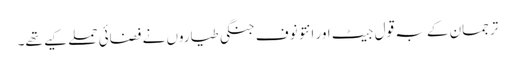
ترجمان کے بہ قول جیٹ اور انتونوف جنگی طیاروں نے فضائی حملے کیے تھے۔